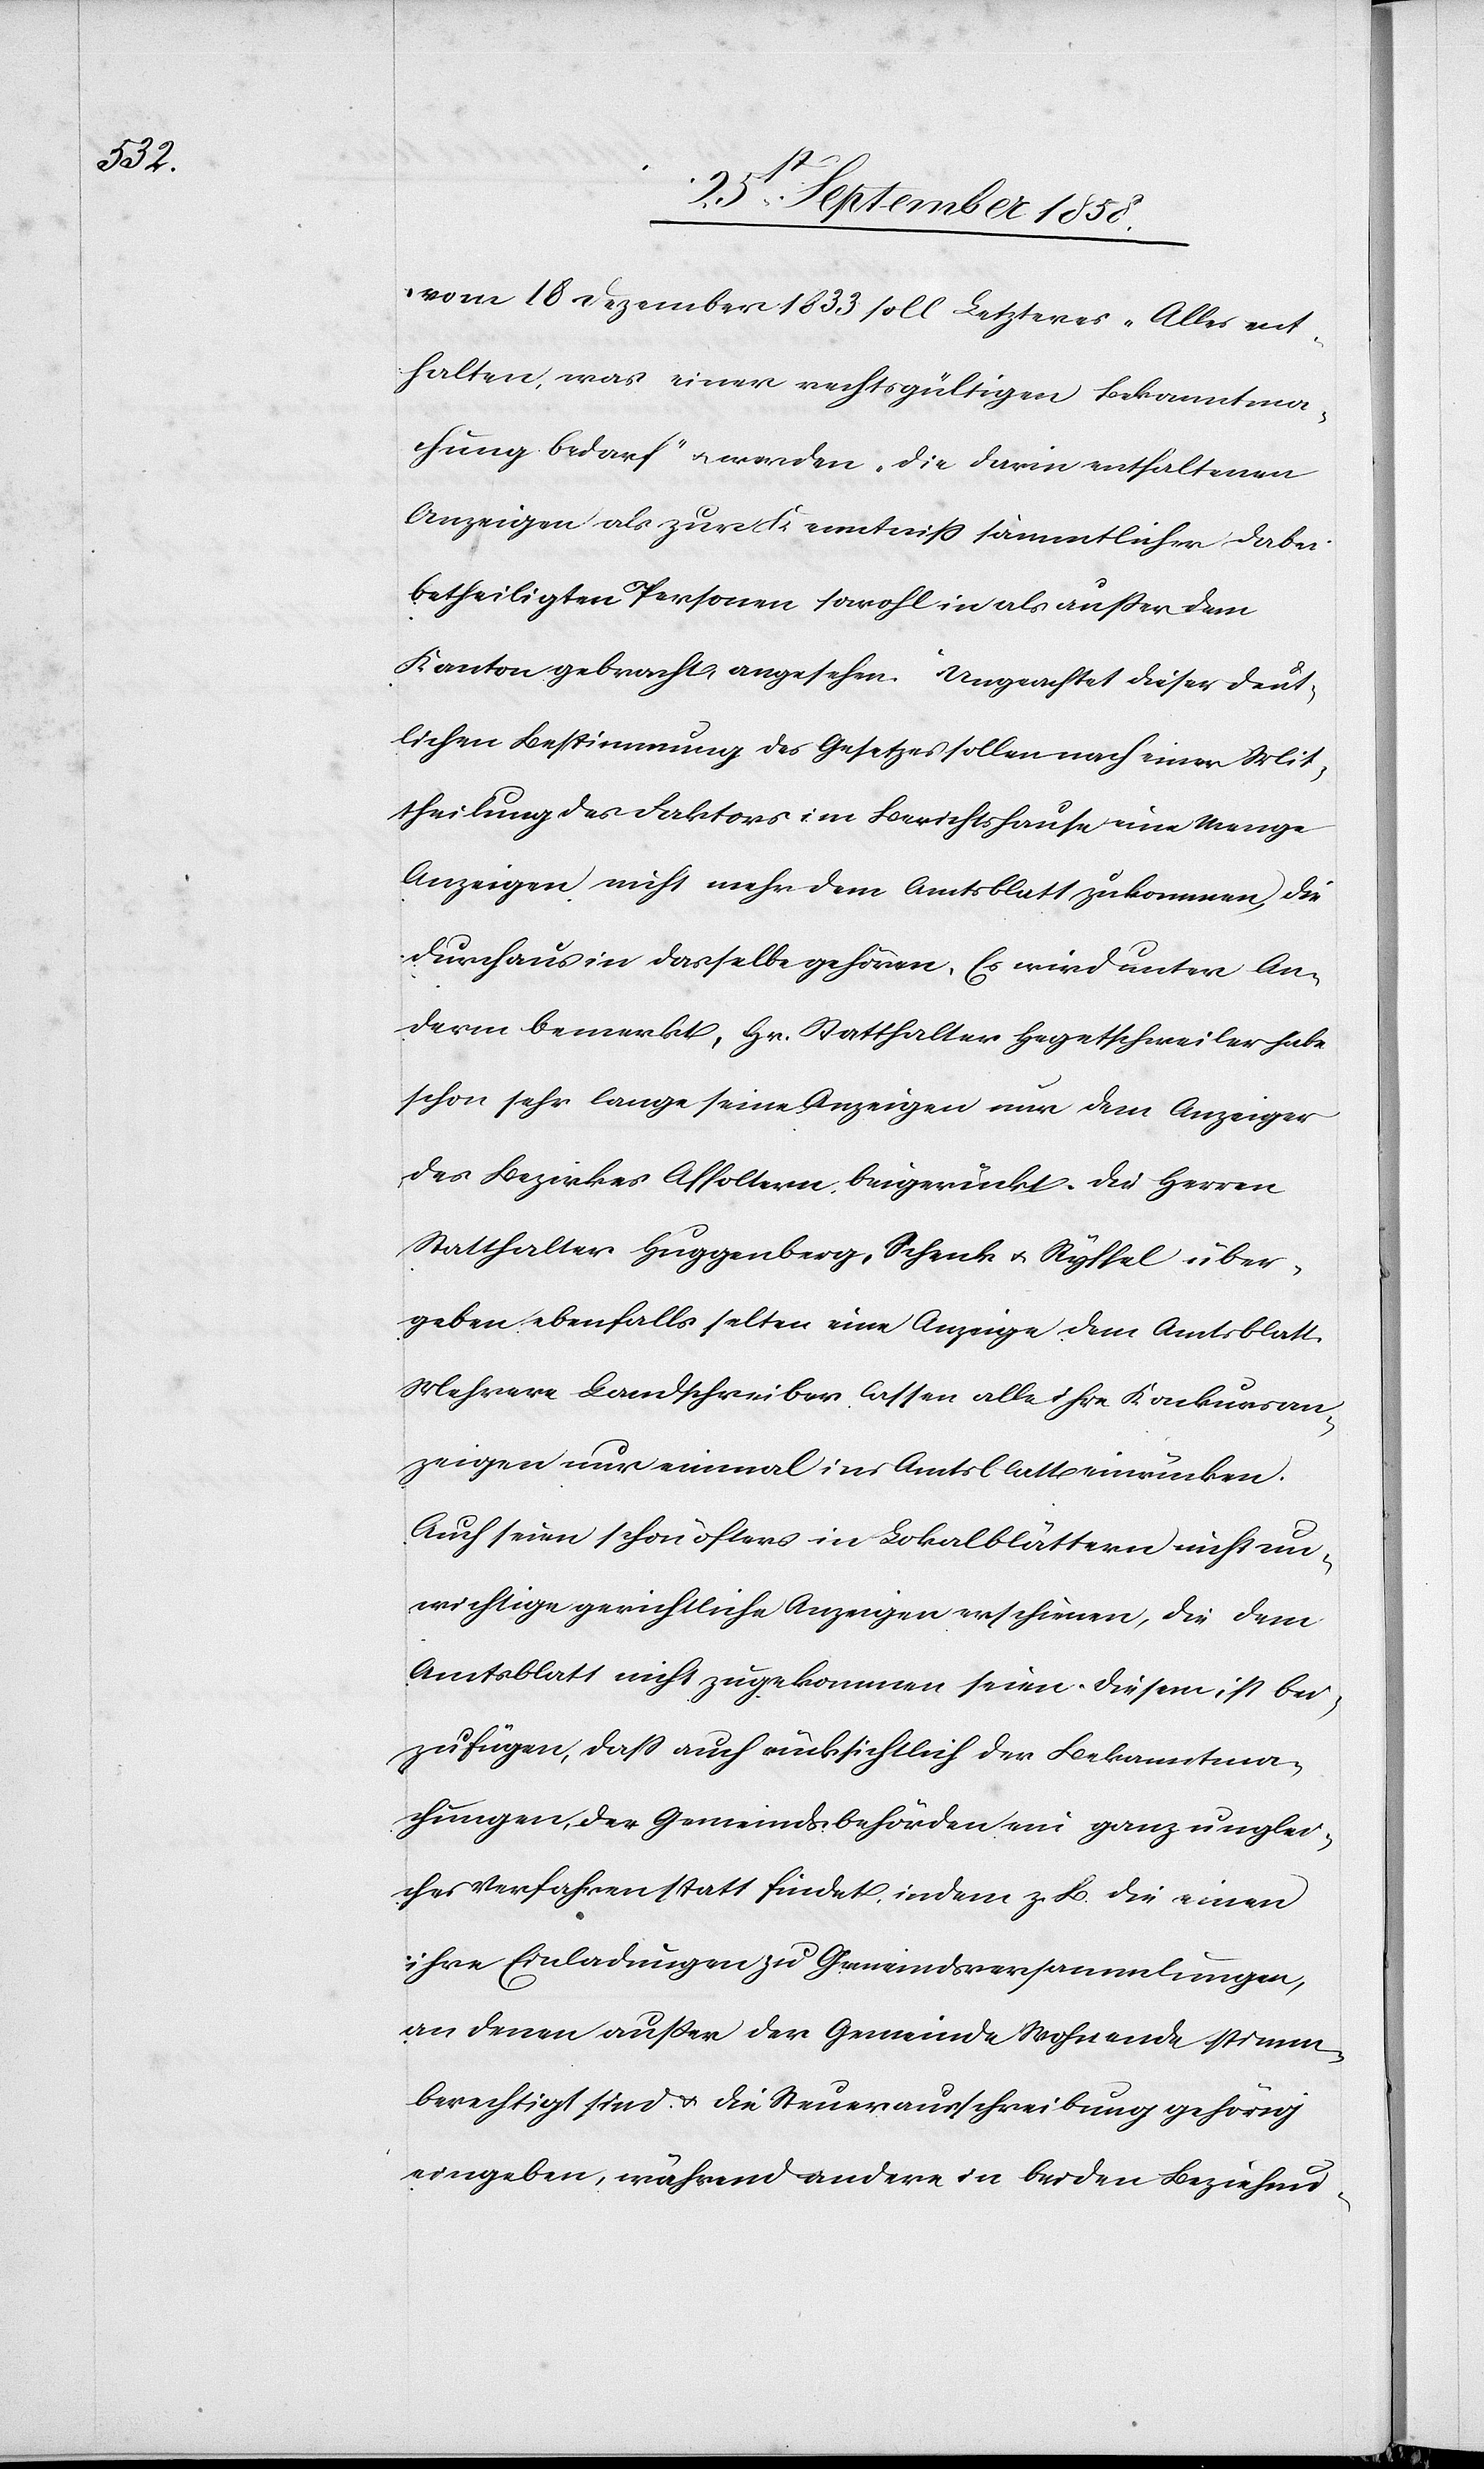
vom 18 Dezember 1833 soll Letzteres „Alles ent¬
halten, was einer rechtsgültigen Bekanntma¬
chung bedarf“ & werden „die darin enthaltenen
Anzeigen als zur Kenntniss sämmtlicher dabei
betheiligten Personen sowohl in als außer dem
Kanton gebracht angesehen“. Ungeachtet dieser deut¬
lichen Bestimmung des Gesetzes sollen nach einer Mit¬
theilung des Faktors im Berichtshause eine Menge
Anzeigen nicht mehr dem Amtsblatt zukommen, die
durchaus in dasselbe gehören. Es wird unter An¬
derm bemerkt, Hr. Statthalter Hegetschweiler habe
schon sehr lange seine Anzeigen nur dem Anzeiger
des Bezirkes Affoltern beigerückt. Die Herren
Statthalter Huggenberg, Schenk & Ryffel über¬
geben ebenfalls selten eine Anzeige dem Amtsblatt.
Mehrere Landschreiber lassen alle ihre Konkursan¬
zeigen nur einmal ins Amtsblatt einrücken.
Auch seien schon öfters in Lokalblättern nicht un¬
wichtige gerichtliche Anzeigen erschienen, die dem
Amtsblatt nicht zugekommen seien. Diesem ist bei¬
zufügen, dass auch rücksichtlich der Bekanntma¬
chungen, der Gemeindsbehörden ein ganz unglei¬
ches Verfahren statt findet, indem z. B. die einen
ihre Einladungen zu Gemeindsversammlungen,
an denen außer der Gemeinde Wohnende stimm¬
berechtigt sind & die Steuerausschreibung gehörig
eingeben, während andere in beiden Beziehun-